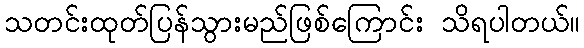
သတင်းထုတ်ပြန်သွားမည်ဖြစ်ကြောင်း သိရပါတယ်။